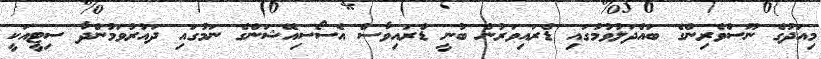
މިއަދުގެ ނޫސްވެރިންގެ ބައްދަލުވުމުގައި ޑްރައިވަރުން ބުނީ ޑްރައިވާސް އެސޯސިއޭޝަންގެ ނަމުގައި ދައުރުވަމުންދާ ސިޓީއަކީ